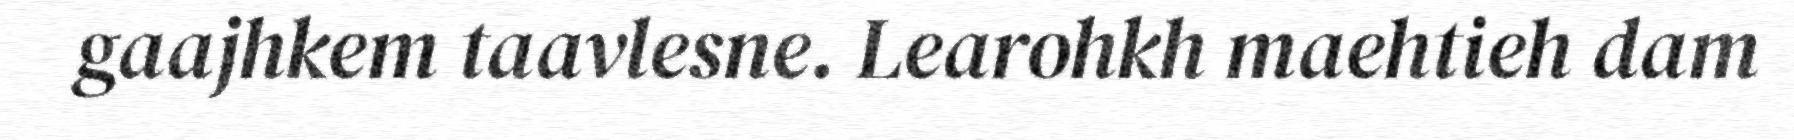
gaajhkem taavlesne. Learohkh maehtieh dam